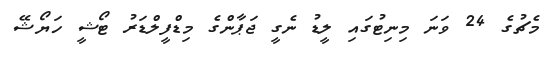
މެޗުގެ 24 ވަނަ މިނިޓުގައި ލީޑު ނެގީ ޖަޕާންގެ މިޑްފީލްޑަރު ޓޯޝީ ހަޔޯޝޭ